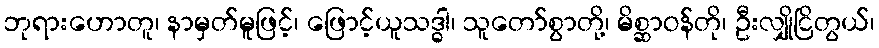
ဘုရားဟောတူ၊ နာမှတ်မူဖြင့်၊ ဖြောင့်ယူသဒ္ဓါ၊ သူတော်စွာတို့၊ မိစ္ဆာဝန်တို၊ ဦးလျှိုငြိတွယ်၊